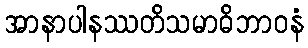
အာနာပါနဿတိသမာဓိဘာဝနံ